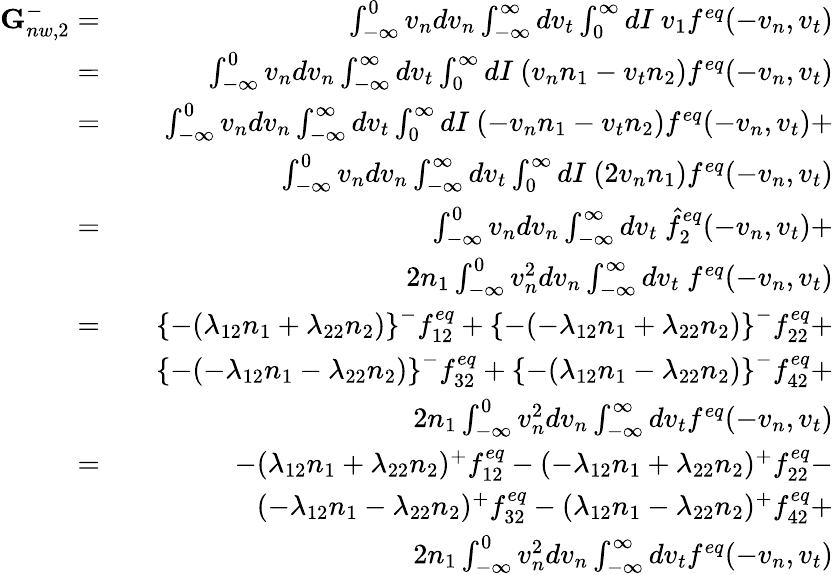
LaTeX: \begin{array}{rlr}{\textbf{G}_{nw,2}^{-}=}&{}&{\int_{-\infty}^{0}v_{n}dv_{n}\int_{-\infty}^{\infty}dv_{t}\int_{0}^{\infty}dI\ v_{1}f^{eq}(-v_{n},v_{t})}\\ {=}&{}&{\int_{-\infty}^{0}v_{n}dv_{n}\int_{-\infty}^{\infty}dv_{t}\int_{0}^{\infty}dI\ (v_{n}n_{1}-v_{t}n_{2})f^{eq}(-v_{n},v_{t})}\\ {=}&{}&{\int_{-\infty}^{0}v_{n}dv_{n}\int_{-\infty}^{\infty}dv_{t}\int_{0}^{\infty}dI\ (-v_{n}n_{1}-v_{t}n_{2})f^{eq}(-v_{n},v_{t})+}\\ &{}&{\int_{-\infty}^{0}v_{n}dv_{n}\int_{-\infty}^{\infty}dv_{t}\int_{0}^{\infty}dI\ (2v_{n}n_{1})f^{eq}(-v_{n},v_{t})}\\ {=}&{}&{\int_{-\infty}^{0}v_{n}dv_{n}\int_{-\infty}^{\infty}dv_{t}\ \hat{f}_{2}^{eq}(-v_{n},v_{t})+}\\ &{}&{2n_{1}\int_{-\infty}^{0}v_{n}^{2}dv_{n}\int_{-\infty}^{\infty}dv_{t}\ f^{eq}(-v_{n},v_{t})}\\ {=}&{}&{\left\{ -(\lambda_{12}n_{1}+\lambda_{22}n_{2})\right\} ^{-}f_{12}^{eq}+\left\{ -(-\lambda_{12}n_{1}+\lambda_{22}n_{2})\right\} ^{-}f_{22}^{eq}+}\\ &{}&{\left\{ -(-\lambda_{12}n_{1}-\lambda_{22}n_{2})\right\} ^{-}f_{32}^{eq}+\left\{ -(\lambda_{12}n_{1}-\lambda_{22}n_{2})\right\} ^{-}f_{42}^{eq}+}\\ &{}&{2n_{1}\int_{-\infty}^{0}v_{n}^{2}dv_{n}\int_{-\infty}^{\infty}dv_{t}f^{eq}(-v_{n},v_{t})}\\ {=}&{}&{-(\lambda_{12}n_{1}+\lambda_{22}n_{2})^{+}f_{12}^{eq}-(-\lambda_{12}n_{1}+\lambda_{22}n_{2})^{+}f_{22}^{eq}-}\\ &{}&{(-\lambda_{12}n_{1}-\lambda_{22}n_{2})^{+}f_{32}^{eq}-(\lambda_{12}n_{1}-\lambda_{22}n_{2})^{+}f_{42}^{eq}+}\\ &{}&{2n_{1}\int_{-\infty}^{0}v_{n}^{2}dv_{n}\int_{-\infty}^{\infty}dv_{t}f^{eq}(-v_{n},v_{t})}\end{array}